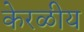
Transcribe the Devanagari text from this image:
केरळीय